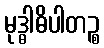
မုဒ္ဓါဓိပါတဉ္စ